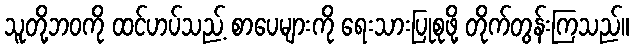
သူတို့ဘဝကို ထင်ဟပ်သည့် စာပေများကို ရေးသားပြုစုဖို့ တိုက်တွန်းကြသည်။